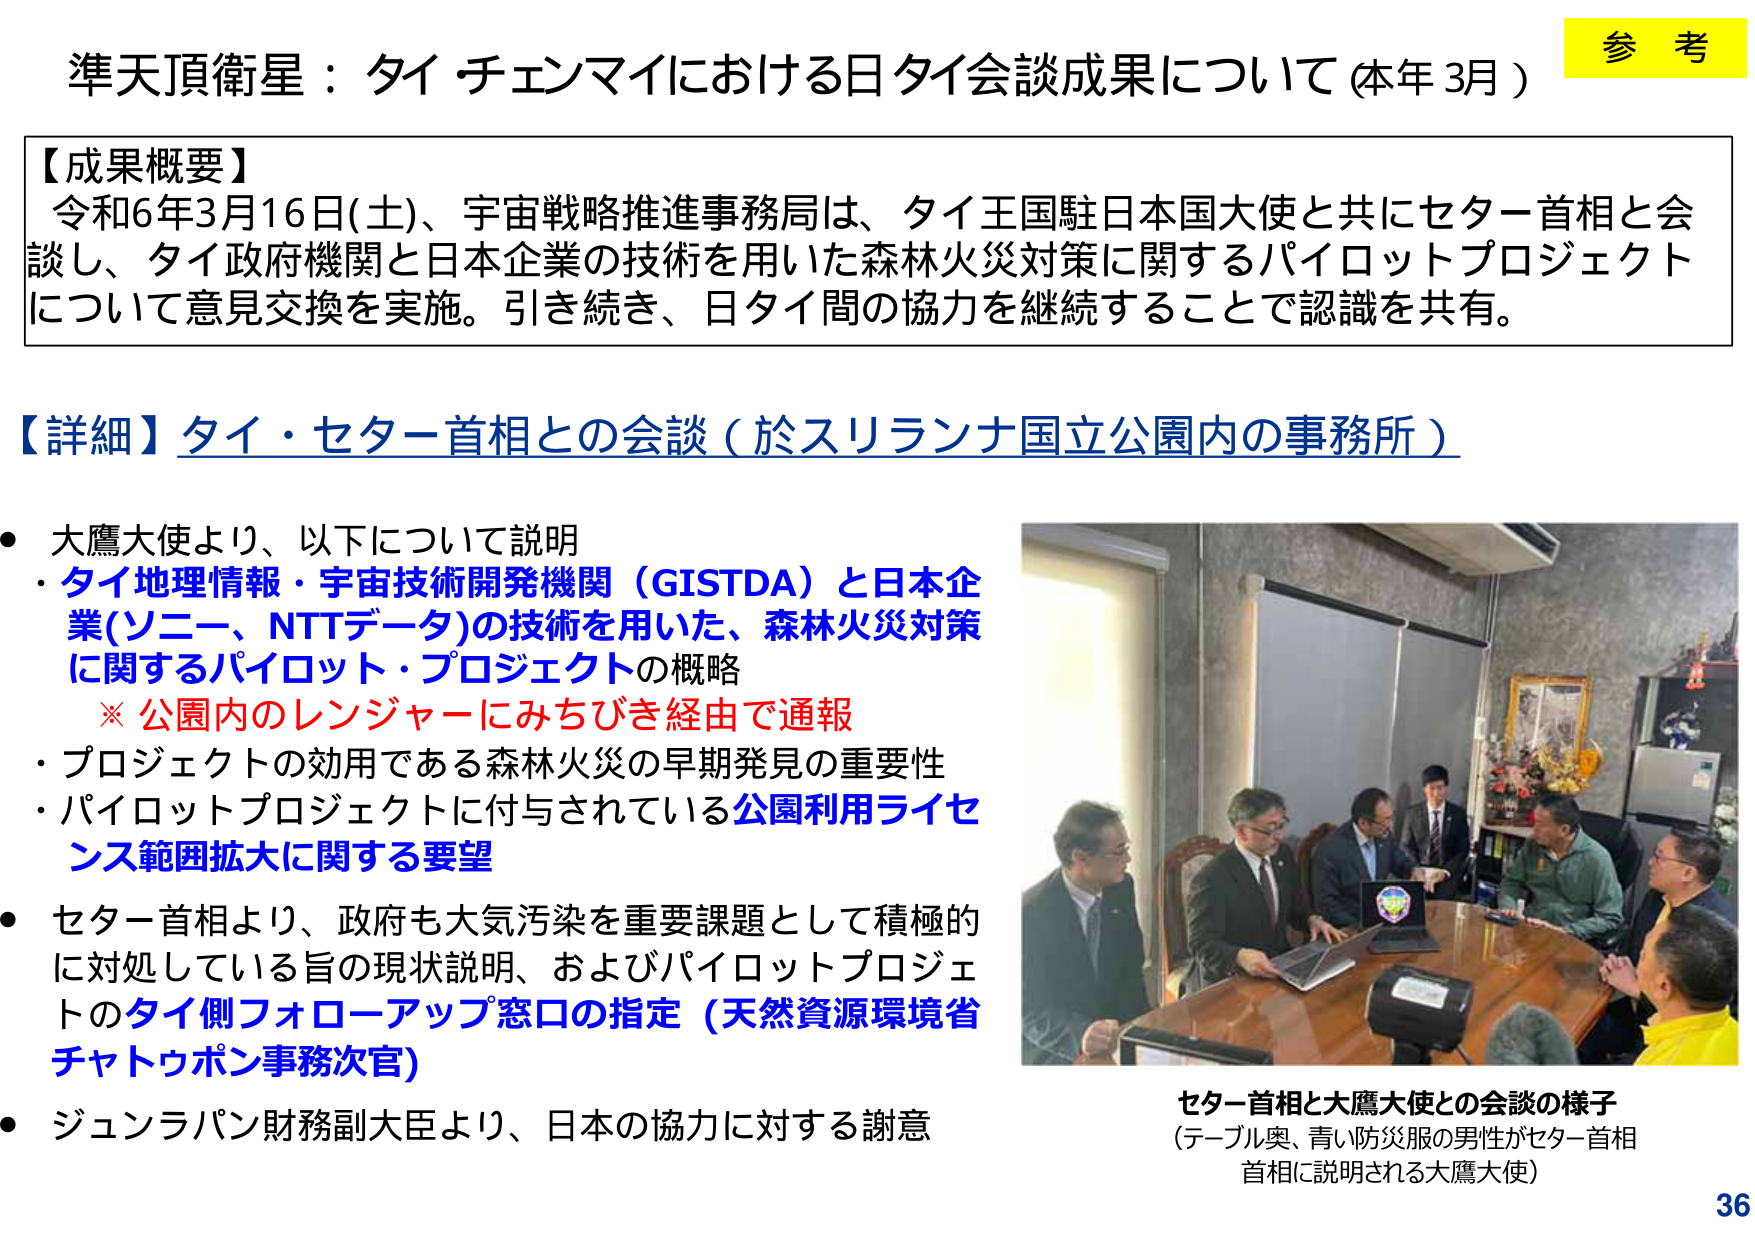
準天頂衛星：タイ・チェンマイにおける日タイ会談成果について（本年3月）

【成果概要】
令和6年3月16日(土)、宇宙戦略推進事務局は、タイ王国駐日本国大使と共にセター首相と会談し、タイ政府機関と日本企業の技術を用いた森林火災対策に関するパイロットプロジェクトについて意見交換を実施。引き続き、日タイ間の協力を継続することで認識を共有。

【詳細】タイ・セター首相との会談（於スリランナ国立公園内の事務所）

・大鷹大使より、以下について説明
　・タイ地理情報・宇宙技術開発機関（GISTDA）と日本企業(ソニー、NTTデータ)の技術を用いた、森林火災対策に関するパイロット・プロジェクトの概略
　　※ 公園内のレンジャーにみちびき経由で通報
　・プロジェクトの効用である森林火災の早期発見の重要性
　・パイロットプロジェクトに付与されている公園利用ライセンス範囲拡大に関する要望

・セター首相より、政府も大気汚染を重要課題として積極的に対処している旨の現状説明、およびパイロットプロジェクトのタイ側フォローアップ窓口の指定（天然資源環境省チャトゥポン事務次官）

・ジュンラパン財務副大臣より、日本の協力に対する謝意

セター首相と大鷹大使との会談の様子
（テーブル奥、青い防災服の男性がセター首相、首相に説明される大鷹大使）

参考
36